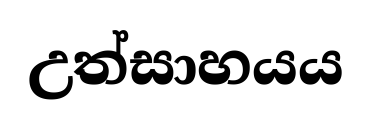
උත්සාහයය